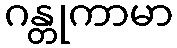
ဂန္တုကာမာ